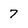
Character: 7